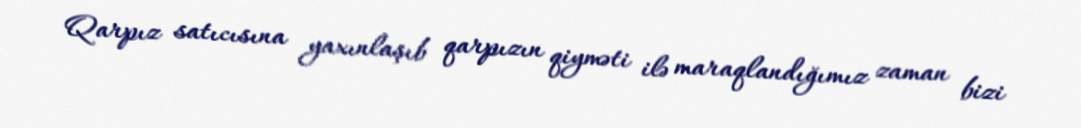
Qarpız satıcısına yaxınlaşıb qarpızın qiyməti ilə maraqlandığımız zaman bizi